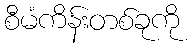
စီမံကိန်းတစ်ခုကို